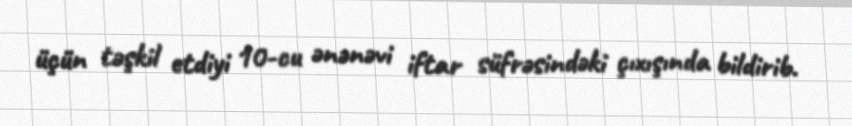
üçün təşkil etdiyi 10-cu ənənəvi iftar süfrəsindəki çıxışında bildirib.